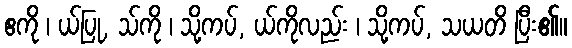
ဧကို ၊ ယ်ပြု, သ်ကို ၊ သို့ကပ်, ယ်ကိုလည်း ၊ သို့ကပ်, သယတိ ပြီး၏။